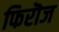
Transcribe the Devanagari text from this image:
फिरॊज